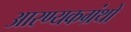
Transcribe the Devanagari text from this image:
आरण्यकग्रंथों